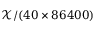
\mathcal { X } / ( 4 0 \times 8 6 4 0 0 )